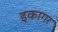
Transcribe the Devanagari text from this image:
इकागर